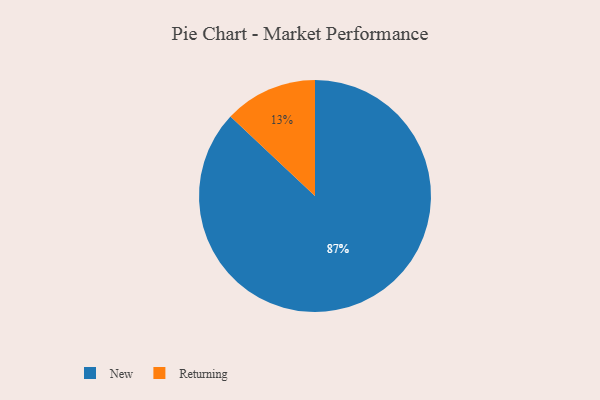
{"axis": {"x": "Category", "y": "Percentage"}, "legend": ["New", "Returning"], "data": [{"x": "Returning", "y": 13, "type": "Returning"}, {"x": "New", "y": 87, "type": "New"}]}